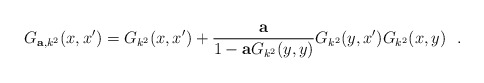
\begin{align*}G_{{\bf a},k^2} (x,x')=G_{k^2} (x,x')+{{\bf a}\over 1-{\bf a}G_{k^2}(y,y)}G_{k^2}(y,x')G_{k^2} (x,y)~~.\end{align*}